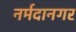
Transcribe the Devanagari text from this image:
नर्मदानगर